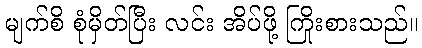
မျက်စိ စုံမှိတ်ပြီး လင်း အိပ်ဖို့ ကြိုးစားသည်။